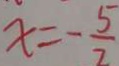
x = - \frac { 5 } { 2 }